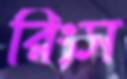
রিংস